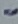
Text: -